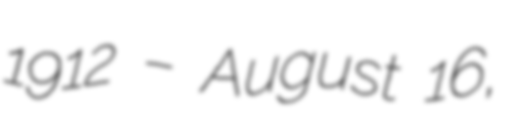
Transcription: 1912 – August 16,